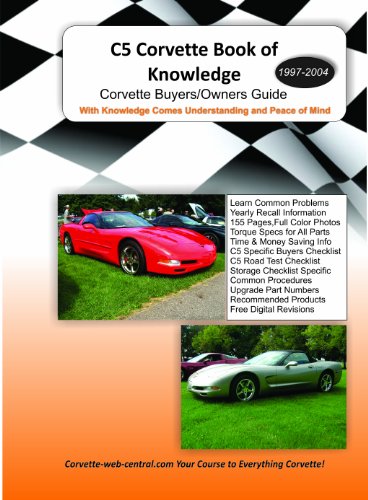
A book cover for C5 Corvette Book of Knowledge (C5 Corvette Buyers Guide) (1997-2004 Corvette); Corvette-web-central; Engineering & Transportation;